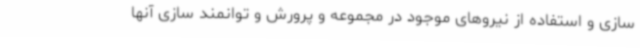
سازی و استفاده از نیروهای موجود در مجموعه و پرورش و توانمند سازی آنها